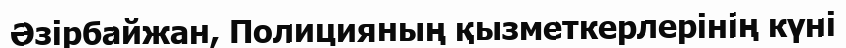
Әзірбайжан, Полицияның қызметкерлерiнiң күнi